Indian journal of veterinary science and animal husbandry - Volume 9,
Year: 1939
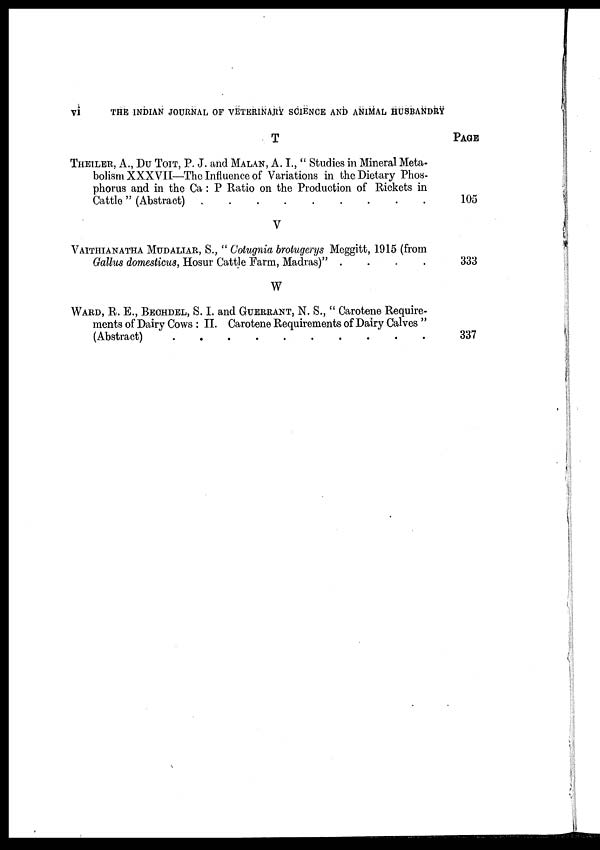
vi
THE INDIAN JOURNAL OF VETERINARY SCIENCE AND ANIMAL HUSBANDRY
T
THEILER, A., DU TOIT, P. J. and MALAN, A. I., " Studies in Mineral Meta-
bolism XXXVII—The Influence of Variations in the Dietary Phos-
phorus and in the Ca : P Ratio on the Production of Rickets in
Cattle " (Abstract)
.
.
.
.
.
.
.
.
.
V
VAITHIANATHA MUDALIAR, S., " Cotugnia brotugerys Meggitt, 1915 (from
Gallus domesticus, Hosur Cattle Farm, Madras)" . . . .
W
WARD, R. E., BECHDEL, S. I. and GUERRANT, N. S., " Carotene Require-
ments of Dairy Cows : II. Carotene Requirements of Dairy Calves "
(Abstract) . . . . . . . . .
PAGE
105
333
337